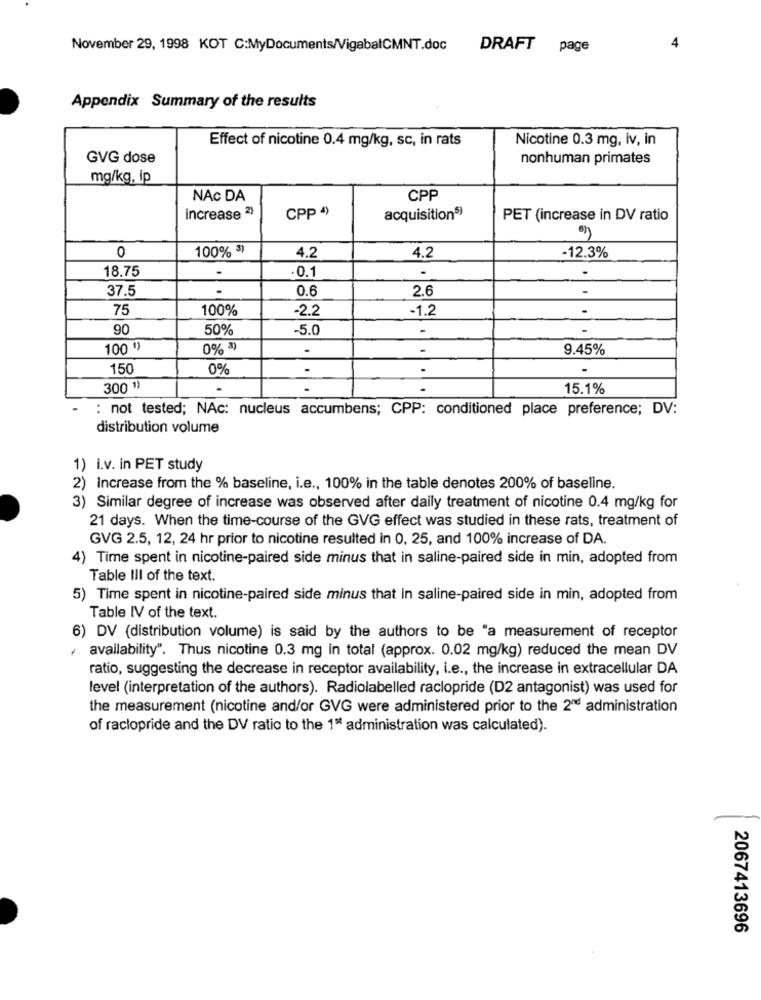
November 29, 1998 KOT C:MyDocuments/VigabalCMNT.doc
DRAFT page
4
Appendix Summary of the results
Nicotine 0.3 mg, iv, in
Effect of nicotine 0.4 mg/kg, sc, in rats
GVG dose
nonhuman primates
mg/kg, ip
NAc DA
CPP
CPP 4)
increase 2)
acquisition5)
PET (increase in DV ratio
100% 3)
0
4.2
4.2
-12.3%
18.75
.0.1
37.5
0.6
2.6
75
100%
-2.2
-1.2
90
50%
-5.0
-
100 1)
0% *)
-
-
9.45%
150
0%
300 1)
15.1%
: not tested; NAc: nucleus accumbens; CPP: conditioned place preference; DV:
distribution volume
1) i.v. in PET study
2) Increase from the % baseline, i.e ., 100% in the table denotes 200% of baseline.
3) Similar degree of increase was observed after daily treatment of nicotine 0.4 mg/kg for
21 days. When the time-course of the GVG effect was studied in these rats, treatment of
GVG 2.5, 12, 24 hr prior to nicotine resulted in 0, 25, and 100% increase of DA.
4) Time spent in nicotine-paired side minus that in saline-paired side in min, adopted from
Table III of the text.
5) Time spent in nicotine-paired side minus that in saline-paired side in min, adopted from
Table IV of the text.
6) DV (distribution volume) is said by the authors to be "a measurement of receptor
availability". Thus nicotine 0.3 mg in total (approx. 0.02 mg/kg) reduced the mean DV
ratio, suggesting the decrease in receptor availability, i.e ., the increase in extracellular DA
level (interpretation of the authors). Radiolabelled raclopride (D2 antagonist) was used for
the measurement (nicotine and/or GVG were administered prior to the 2nd administration
of raclopride and the DV ratio to the 1" administration was calculated).
2067413696